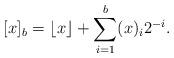
LaTeX: \begin{align*}[x]_b=\lfloor x \rfloor+\sum_{i=1}^{b}(x)_i2^{-i}. \end{align*}